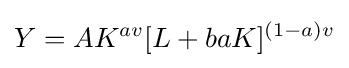
Y=AK^{av}[L+baK]^{(1-a)v}